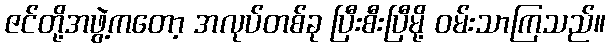
ဇင်တို့အဖွဲ့ကတော့ အလုပ်တစ်ခု ပြီးစီးပြီမို့ ဝမ်းသာကြသည်။